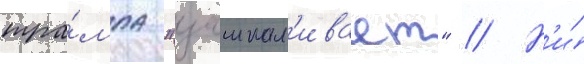
тра́мпа "зашкал'ивает" // Н'и́